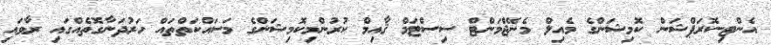
އެންޓި-ކޮރަޕްޝަން ކޮމިޝަންގެ މެއިލް މެނޭޖްމަންޓް ސިސްޓަމް ޤާއިމް ކުރުންމިކޮމިޝަންގެ މަސައްކަތްތައް ހަރުދަނާގޮތެއްގައި ރާވައި